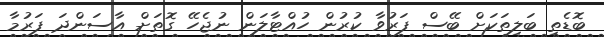
ބޮޑެތި ބަލިތަކަށް ބޭސް ފަރުވާ ކުރުން ހުއްޓާލަން ނުޖެހޭ ގޮތަށް އާސަންދަ ފަރުމާ